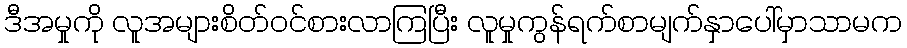
ဒီအမှုကို လူအများစိတ်ဝင်စားလာကြပြီး လူမှုကွန်ရက်စာမျက်နှာပေါ်မှာသာမက